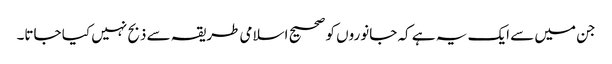
جن میں سے ایک یہ ہے کہ جانوروں کو صحیح اسلامی طریقہ سے ذبح نہیں کیا جاتا۔